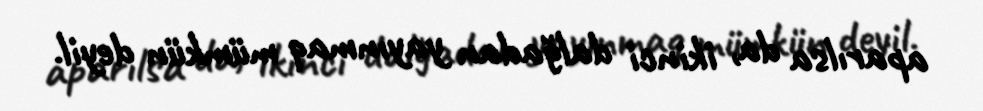
aparılsa da, ikinci dalğadan yayınmaq mümkün deyil.